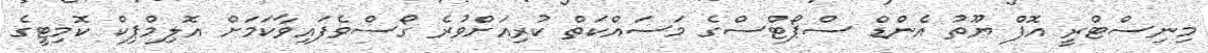
މިނިސްޓްރީ އޮފް ޔޫތު އެންޑް ސްޕޯޓްސްގެ މަސައްކަތް ކުރިއަށްވުރެ ގޯސްވެފައިވާކަމަށް އޮލިމްޕިކް ކޮމިޓީގެ